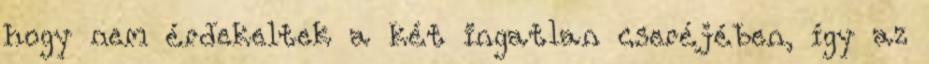
hogy nem érdekeltek a két ingatlan cseréjében, így az